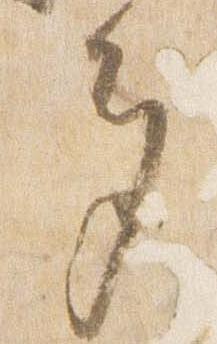
多